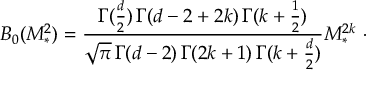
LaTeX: B _ { 0 } ( M _ { * } ^ { 2 } ) = \frac { \Gamma ( \frac { d } { 2 } ) \, \Gamma ( d - 2 + 2 k ) \, \Gamma ( k + \frac { 1 } { 2 } ) } { \sqrt { \pi } \, \Gamma ( d - 2 ) \, \Gamma ( 2 k + 1 ) \, \Gamma ( k + \frac { d } { 2 } ) } M _ { \ast } ^ { 2 k } \ \cdot